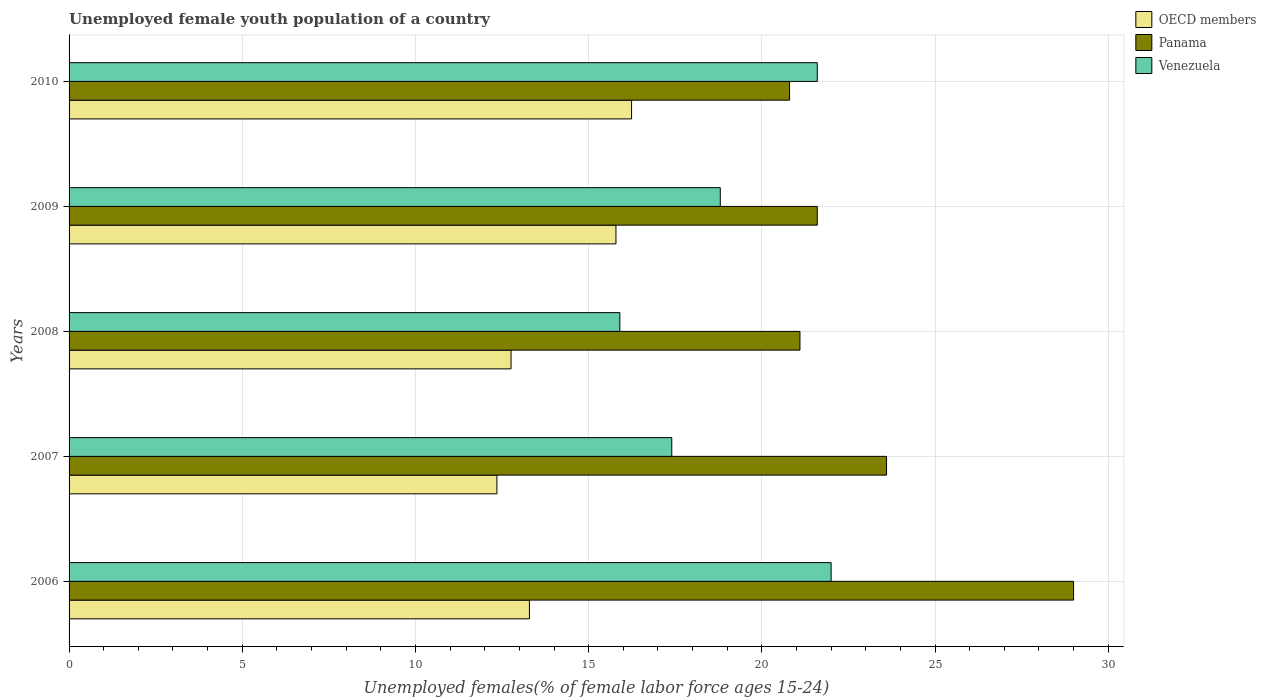
| Years | OECD members | Panama | Venezuela |
 | --- | --- | --- | --- |
 | 2006 | 13.3 | 29 | 22 |
 | 2007 | 12.4 | 23.6 | 17.4 |
 | 2008 | 12.8 | 21.1 | 15.9 |
 | 2009 | 15.8 | 21.6 | 18.8 |
 | 2010 | 16.2 | 20.8 | 21.6 |